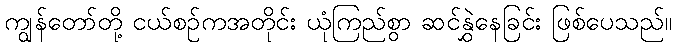
ကျွန်တော်တို့ ငယ်စဉ်ကအတိုင်း ယုံကြည်စွာ ဆင်နွှဲနေခြင်း ဖြစ်ပေသည်။